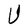
Character: U